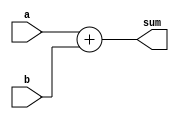
module adder8(a,b,sum);

input [7:0] a,b;
output [7:0] sum;
wire [7:0] sum;

assign sum = a + b;

endmodule